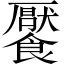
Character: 饜